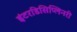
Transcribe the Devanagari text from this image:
इंटरडिसिप्लिनरी